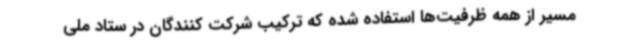
مسیر از همه ظرفیت‌ها استفاده شده که ترکیب شرکت کنندگان در ستاد ملی